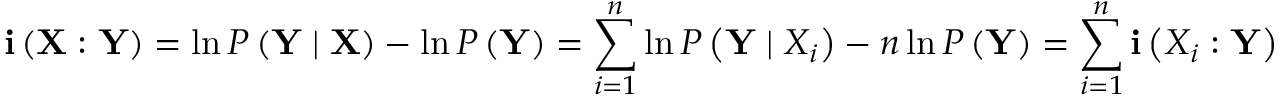
\mathbf { i } \left( \mathbf { X } : \mathbf { Y } \right) = \ln { P \left( \mathbf { Y } \mid \mathbf { X } \right) } - \ln { P \left( \mathbf { Y } \right) } = \sum _ { i = 1 } ^ { n } \ln { P \left( \mathbf { Y } \mid X _ { i } \right) } - n \ln { P \left( \mathbf { Y } \right) } = \sum _ { i = 1 } ^ { n } \mathbf { i } \left( X _ { i } : \mathbf { Y } \right)